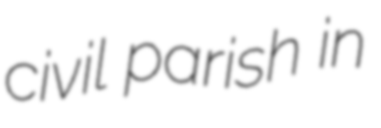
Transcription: civil parish in